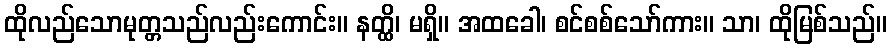
ထိုလည်သောမုတ္တသည်လည်းကောင်း။ နတ္ထိ၊ မရှိ။ အထခေါ၊ စင်စစ်သော်ကား။ သာ၊ ထိုမြစ်သည်။